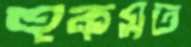
হুকমত